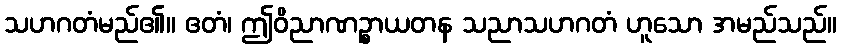
သဟဂတံမည်၏။ ဧတံ၊ ဤဝိညာဏဉ္စာယတန သညာသဟဂတံ ဟူသော အမည်သည်။